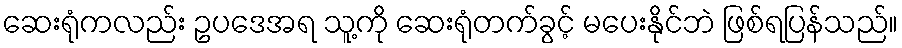
ဆေးရုံကလည်း ဥပဒေအရ သူ့ကို ဆေးရုံတက်ခွင့် မပေးနိုင်ဘဲ ဖြစ်ရပြန်သည်။